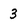
Character: 3